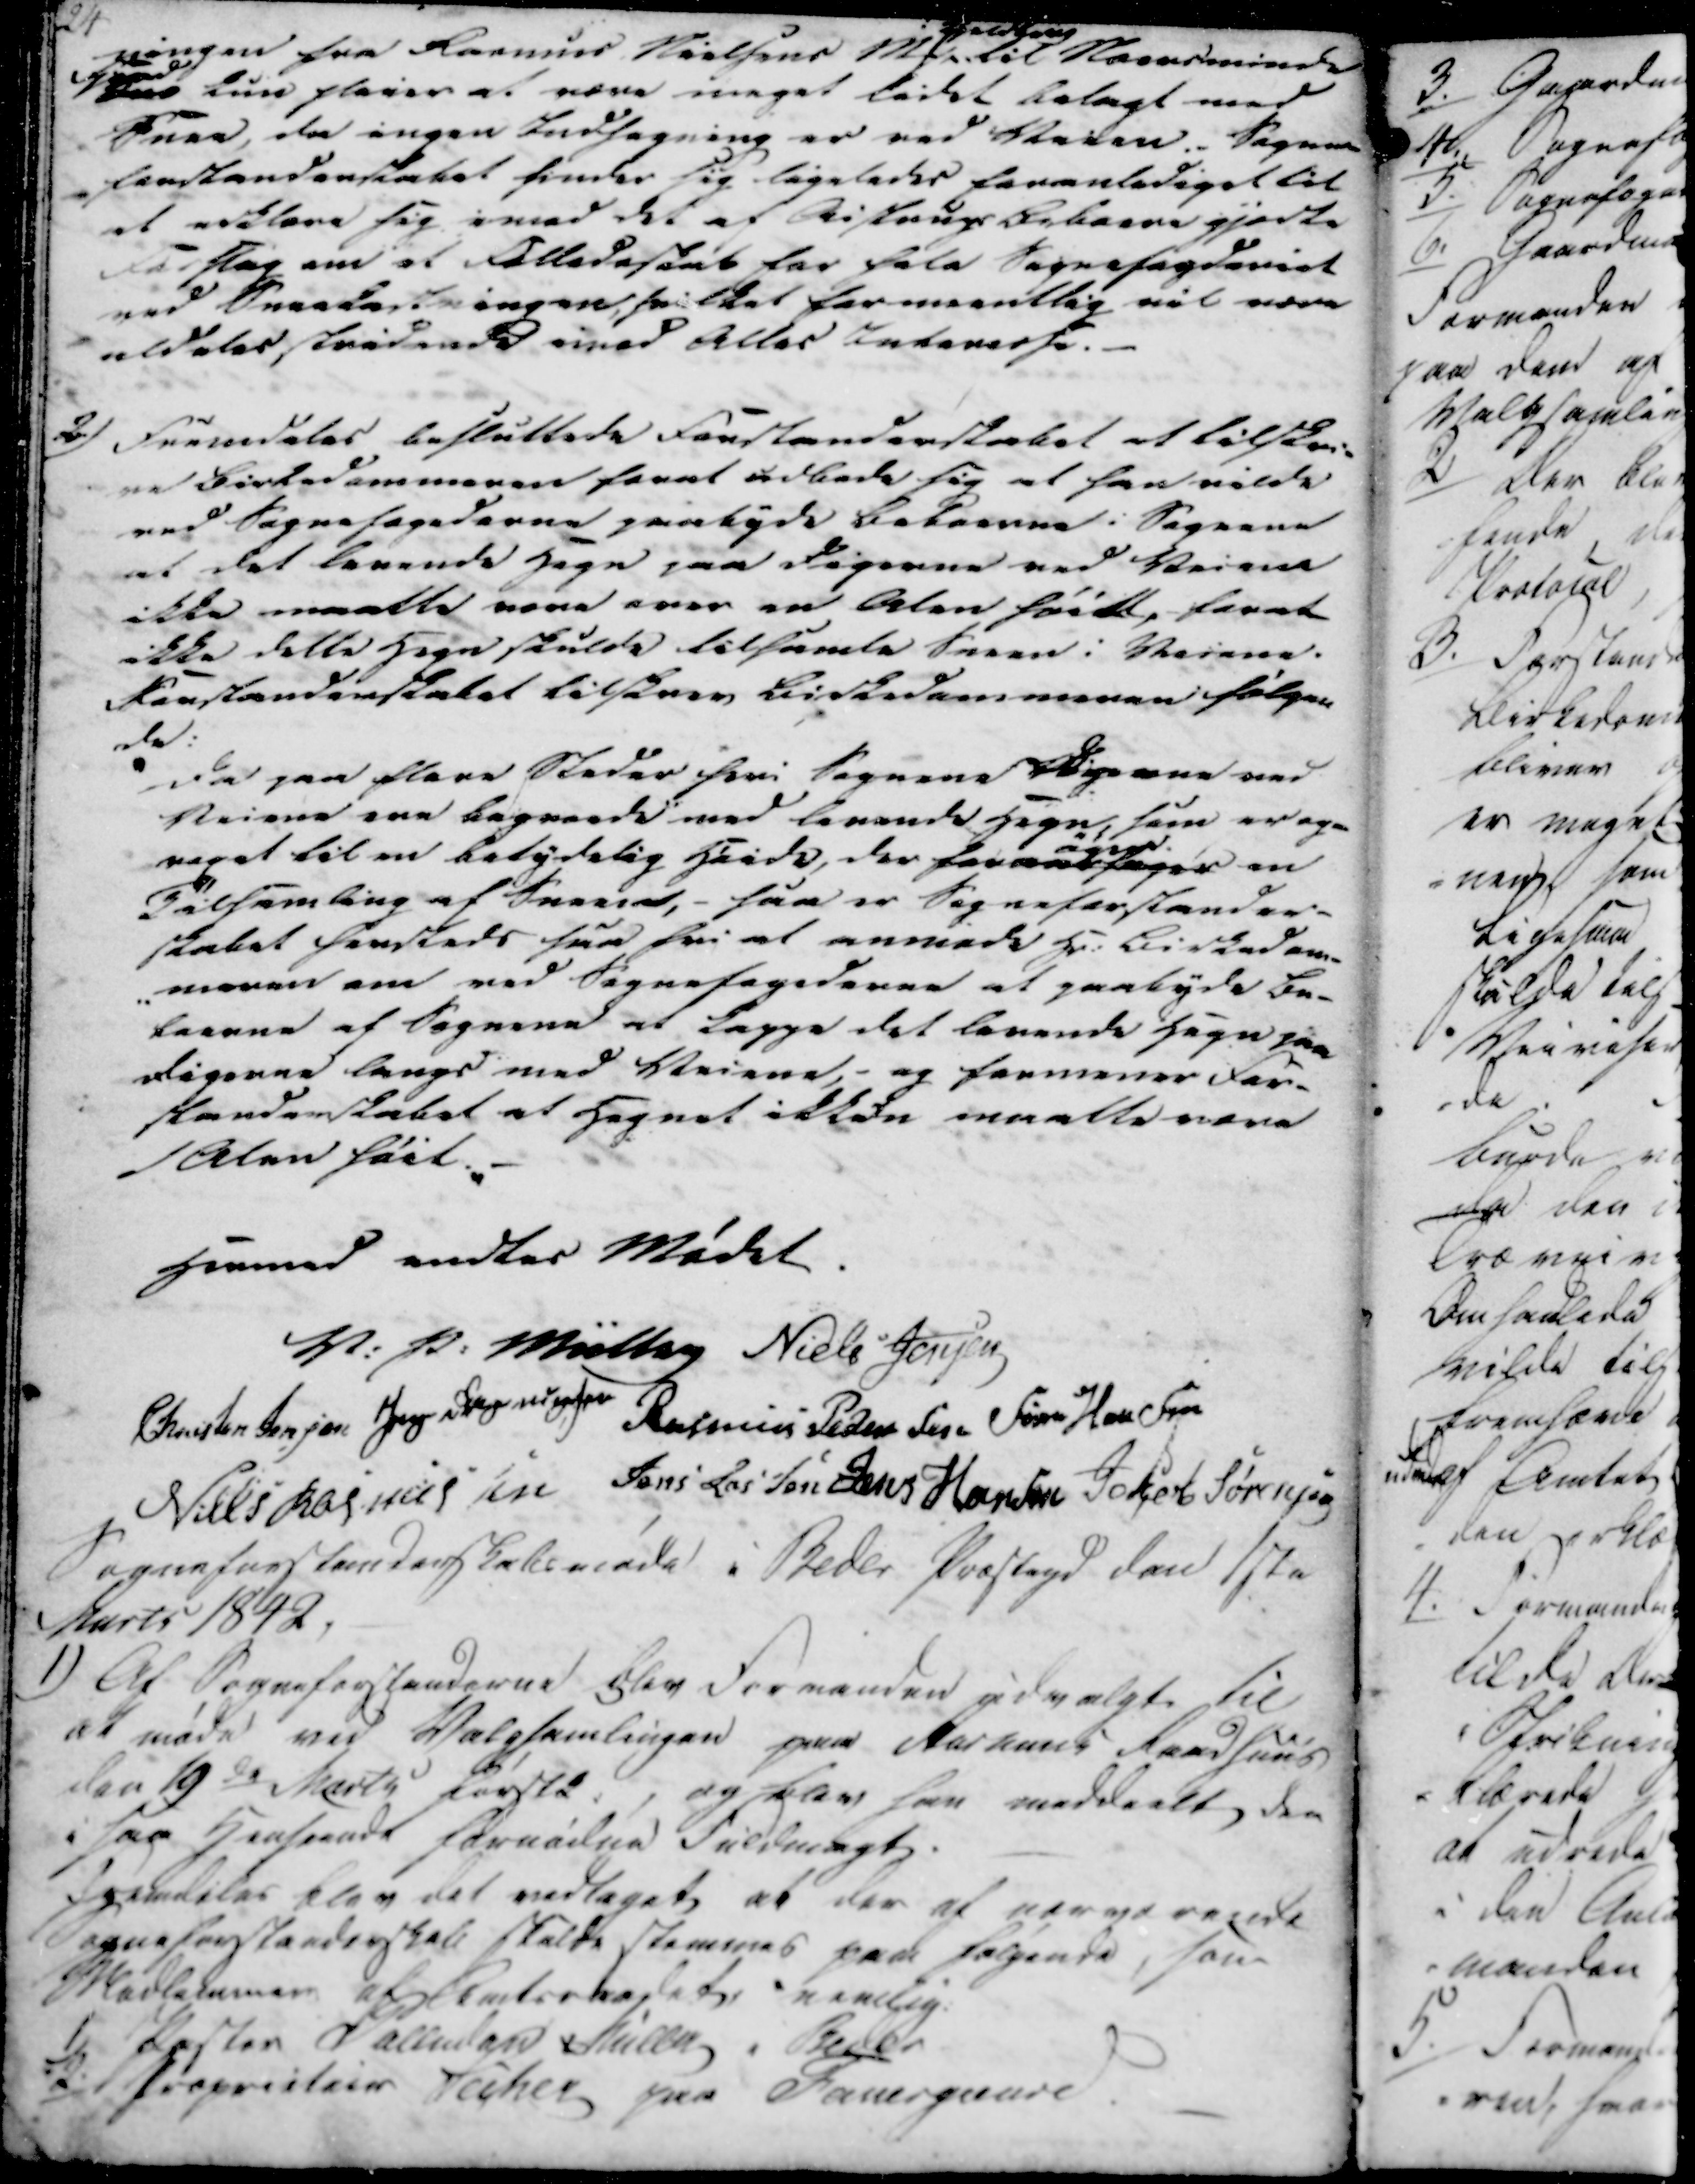
Transskription:
ningen fra Rasmus Nielsens MP Tulstrup til Norsminde
Fjord saa kun flauer at være meget lidet belagt med
Snee, da ingen Indhegning er ved Veien. Sogne
forstanderskabet finder sig ligeledes foranlediget til 
at erklære sig imod det af Aistrup Beboere gjordte
Forslag om et Olledeskab har hele Sognefogderiet
ved Sneekastningen, hvilket formeentlig vil være
aldeles stridende imed Alles Internesse.

2)

Fremdeles besluttede Forstanderskabet at tilskri-
ve birkedommeren forat udbede sig at han vilde
ved Sognefogederne paabyde beboerne i Sognene
at det lænende Hegn saa digerne ved Veiene
ikke maatte være over en Alen høidt, forat
ikke dette Hegn skulde tilsamle Sneen i Veiene.
Forstanderskabet tilskrev Birkedommeren følgen-
de:
Da paa flere Steder heri Sognene Digerne ved
Veiene ere bagvende med lænende Hegn, som er ogsaa
veget til en betydelig Høide, der for........ ..... en
Tilsamling af Sneeiet, - saa er Sogneforstander-
skabet hensteds saa fri at anmods Hr: Birkedom-
-meren om ved Sognefogederne at paabyde be-
boerne ag Sognene at Lappe det lænende Hegn paa
Digerne langs med Veiene, - og formener For-
standerskabet at Hegnet ikken maatte være
1 Alen høit. -

Hermed endtes Mødet.

V: P: Müller
Niels Jensen
Christen Jensen
Jens Rasmussen
Rasmus Pedersen
Søren Hansen
Niels Rasmussen
Jens Lassen
Jens Hansen
Jakob Sørensen

Sogneforstanderskabsmøde i Beder Præstegd den 1ste
Marts 1842.

1)

Af Sogneforstanderne blev formanden udvalgt til
at møde ved Valgsamlingen paa Aarhus Raadhus
den 19de Marts første, og blev her meddeelt den
i saa Hensende fornødne Fuldmagt.
Fremdeles blev det vedtaget at der af nærværende
Sogneforstanderskab skulde stemmes paa følgende, som
Medlemmer af Amtsraadet rimelig:
1)
Præsten Palludan Müller i Beder
2)
Proprieteir Keiher paa Fauergaard.